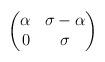
LaTeX: \begin{align*}\begin{pmatrix}\alpha & \sigma-\alpha \\0 & \sigma\end{pmatrix} \end{align*}